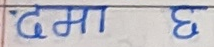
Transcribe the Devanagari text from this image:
दमा छ